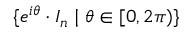
\{ e ^ { i \theta } \cdot I _ { n } \mid \theta \in [ 0 , 2 \pi ) \}